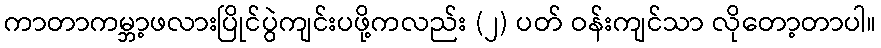
ကာတာကမ္ဘာ့ဖလားပြိုင်ပွဲကျင်းပဖို့ကလည်း (၂) ပတ် ဝန်းကျင်သာ လိုတော့တာပါ။